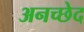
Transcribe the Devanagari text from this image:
अनच्छेद